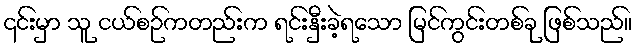
၎င်းမှာ သူ ငယ်စဉ်ကတည်းက ရင်းနှီးခဲ့ရသော မြင်ကွင်းတစ်ခု ဖြစ်သည်။